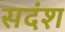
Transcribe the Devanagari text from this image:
सदंश